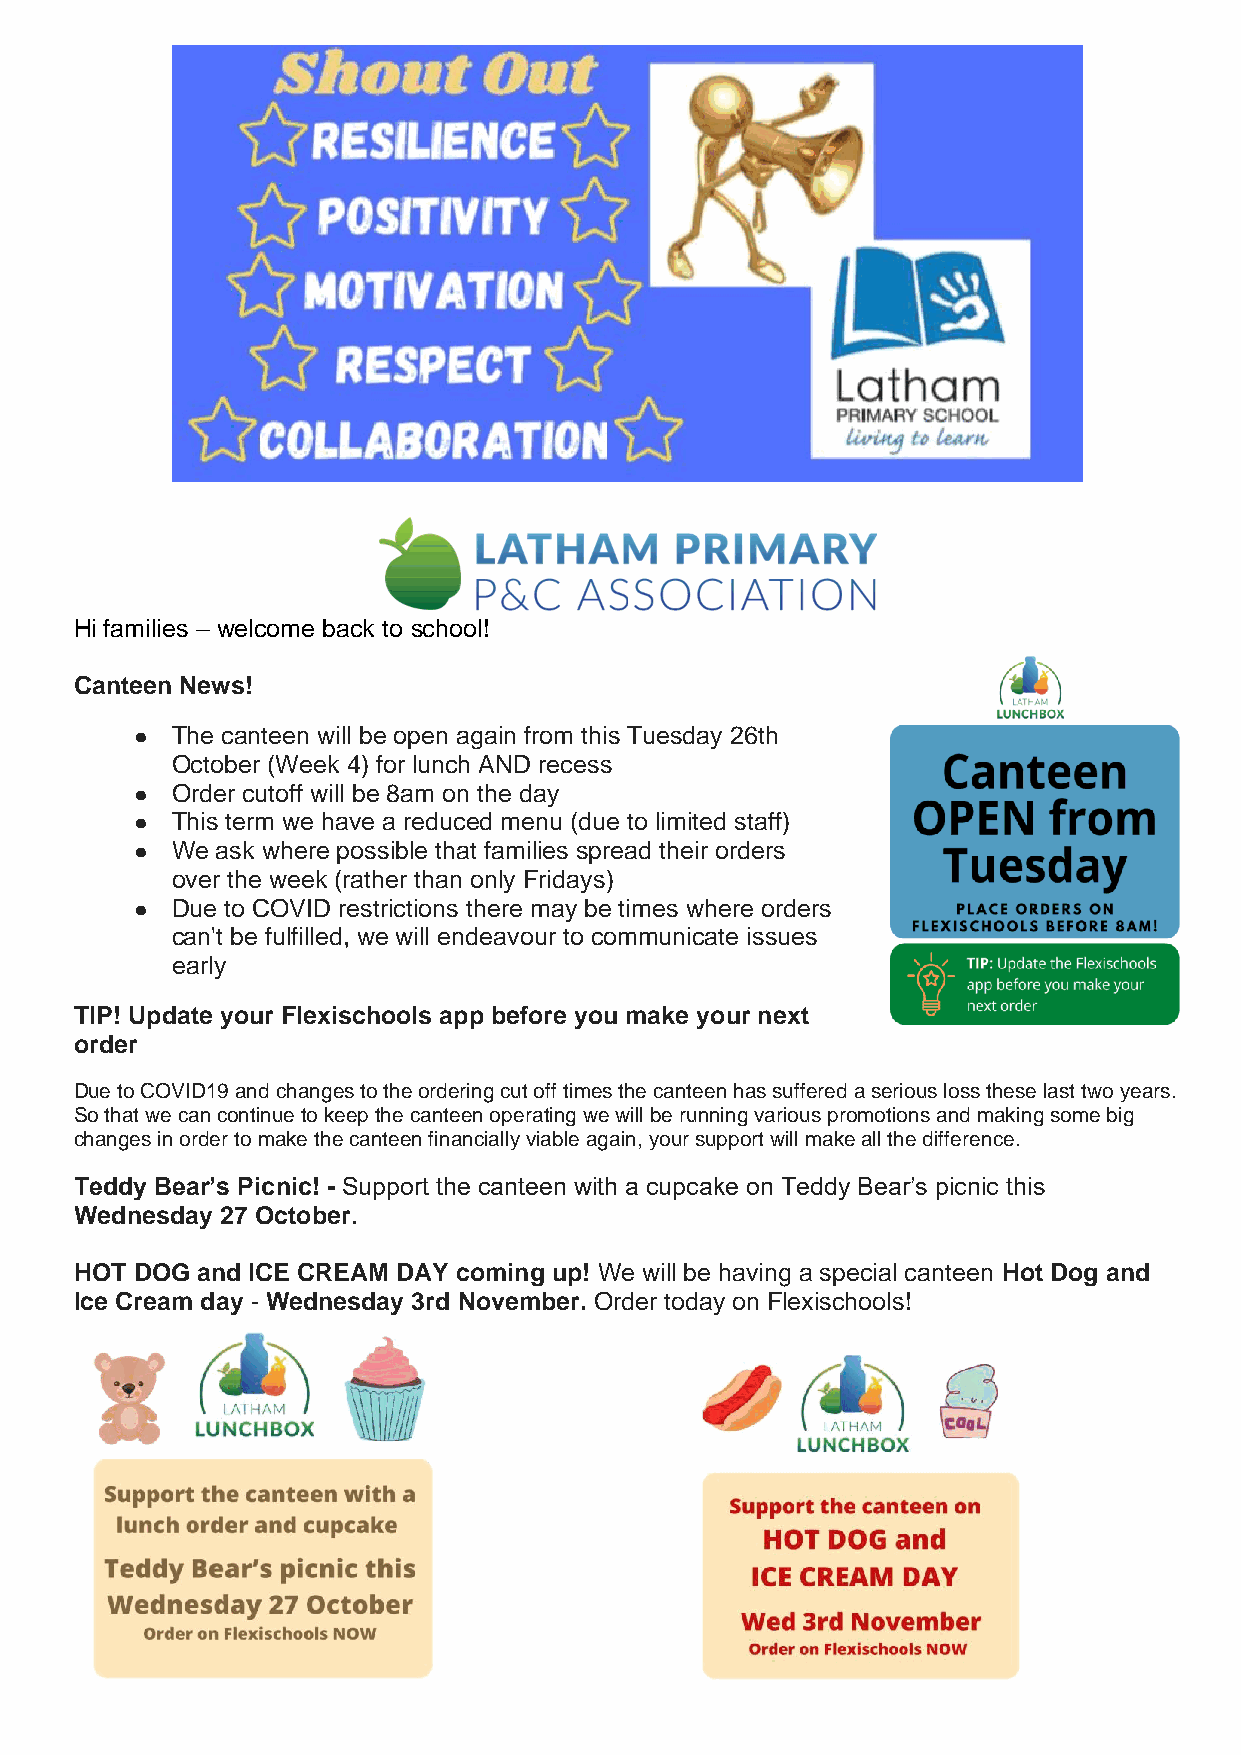
Hi families – welcome back to school!
 Canteen News!
 ● The canteen will be open again from this Tuesday 26th
 October (Week 4) for lunch AND recess
 ● Order cutoff will be 8am on the day
 ● This term we have a reduced menu (due to limited staff)
 ● We ask where possible that families spread their orders
 over the week (rather than only Fridays)
 ● Due to COVID restrictions there may be times where orders
 can't be fulfilled, we will endeavour to communicate issues
 early
 TIP! Update your Flexischools app before you make your next
 order
 Due to COVID19 and changes to the ordering cut off times the canteen has suffered a serious loss these last two years.
 So that we can continue to keep the canteen operating we will be running various promotions and making some big
 changes in order to make the canteen financially viable again, your support will make all the difference.
 Teddy Bear’s Picnic! - Support the canteen with a cupcake on Teddy Bear’s picnic this
 Wednesday 27 October.
 HOT DOG and ICE CREAM DAY coming up! We will be having a special canteen Hot Dog and
 Ice Cream day - Wednesday 3rd November. Order today on Flexischools!